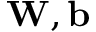
\mathbf { W } , \mathbf { b }